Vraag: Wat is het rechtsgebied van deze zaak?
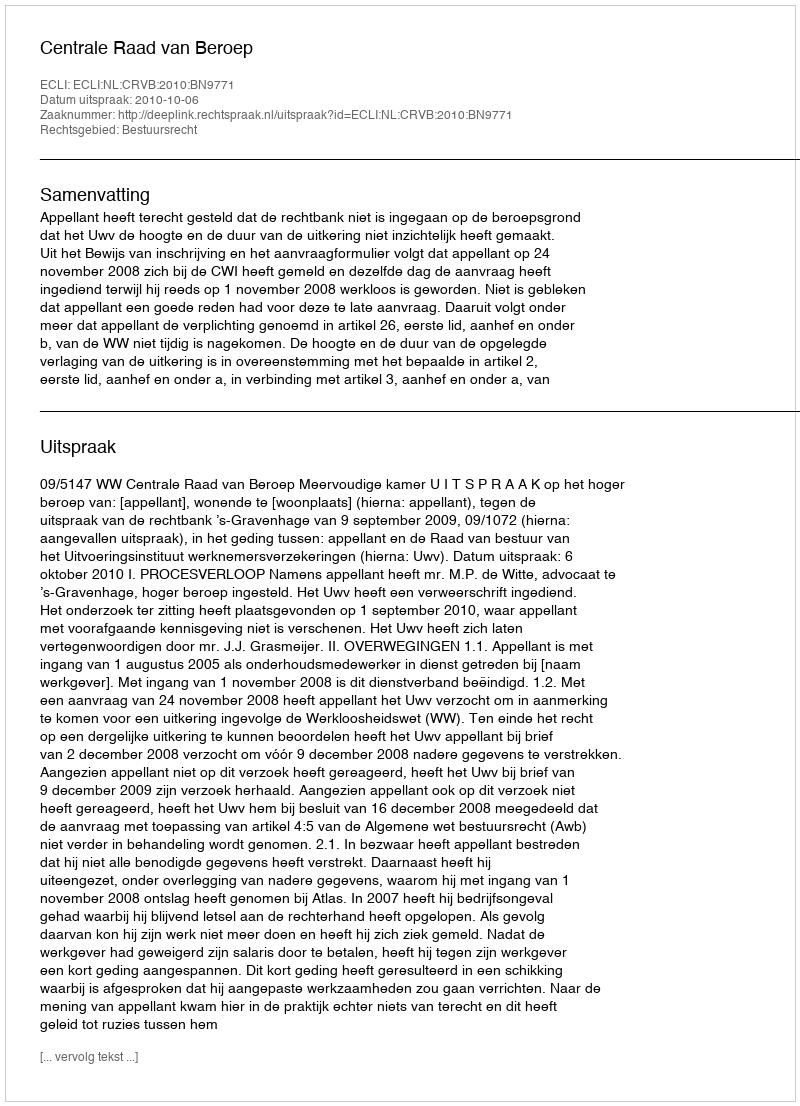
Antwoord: Bestuursrecht